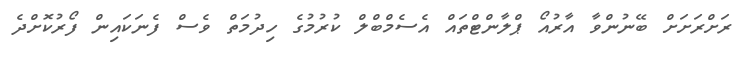
ރަށްރަށަށް ބޭނުންވާ އާރުއޯ ޕްލާންޓްތައް އެސެމްބްލް ކުރުމުގެ ހިދުމަތް ވެސް ފެނަކައިން ފޯރުކޮށްދެ